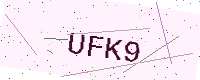
Text: UFK9